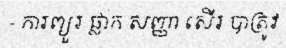
- ការព្យួរ ផ្លាក សញ្ញា សើរ បាត្រូវ